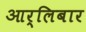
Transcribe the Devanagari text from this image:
आर्लिबार